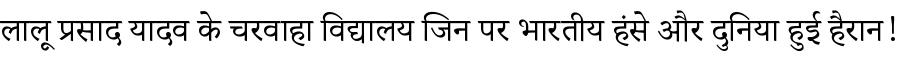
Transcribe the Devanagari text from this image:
लालू प्रसाद यादव के चरवाहा विद्यालय जिन पर भारतीय हंसे और दुनिया हुई हैरान!